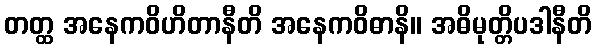
တတ္ထ အနေကဝိဟိတာနီတိ အနေကဝိဓာနိ။ အဓိမုတ္တိပဒါနီတိ